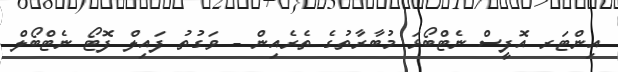
އިންޓަރ އޮފީސް ނެޓްބޯޅަ މުބާރާތުގެ ތެރެއިން - ވަގުތު ފައިލް ފޮޓޯ ނެޓްބޯލް